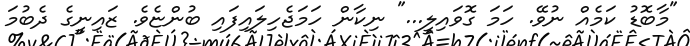
"މާބޮޑު ކަމެއް ނުވޭ. ހަމަ ގޮވައިލީ..." ނިކާން ހަމަޖެހިލައިފައި ބުންޏެވެ. ޒައިނީގެ ދެބުމަ